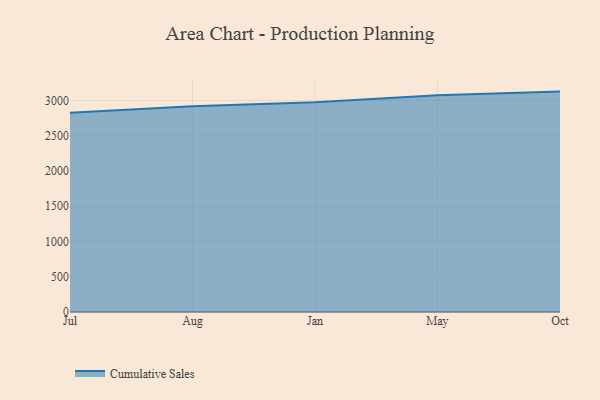
{"axis": {"x": "Month", "y": "Satisfaction Score"}, "legend": ["Cumulative Sales"], "data": [{"x": "Jul", "y": 2825.3, "type": "Cumulative Sales"}, {"x": "Aug", "y": 2919.9, "type": "Cumulative Sales"}, {"x": "Jan", "y": 2976.3, "type": "Cumulative Sales"}, {"x": "May", "y": 3074.4, "type": "Cumulative Sales"}, {"x": "Oct", "y": 3126.5, "type": "Cumulative Sales"}]}